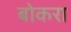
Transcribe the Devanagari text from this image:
बोकरा